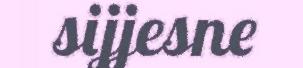
sijjesne